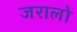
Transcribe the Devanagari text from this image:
जरालो